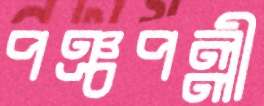
পঞ্চপল্লী